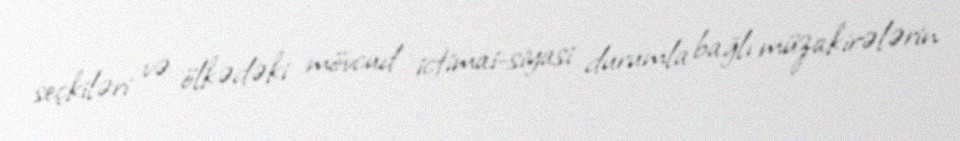
seçkiləri və ölkədəki mövcud ictimai-siyasi durumla bağlı müzakirələrin